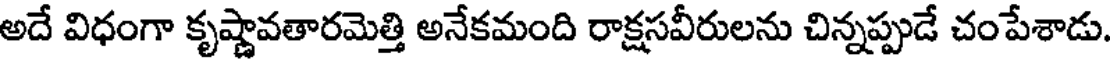
అదే విధంగా కృష్ణావతారమెత్తి అనేకమంది రాక్షసవీరులను చిన్నప్పుడే చంపేశాడు.